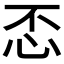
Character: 𢗫